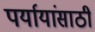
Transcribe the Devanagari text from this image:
पर्यायांसाठी